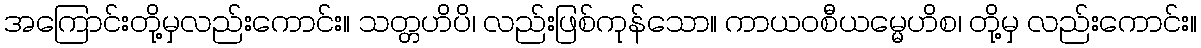
အကြောင်းတို့မှလည်းကောင်း။ သတ္တဟိပိ၊ လည်းဖြစ်ကုန်သော။ ကာယဝစီယမ္မေဟိစ၊ တို့မှ လည်းကောင်း။